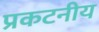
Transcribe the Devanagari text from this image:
प्रकटनीय